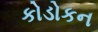
કોડોકન